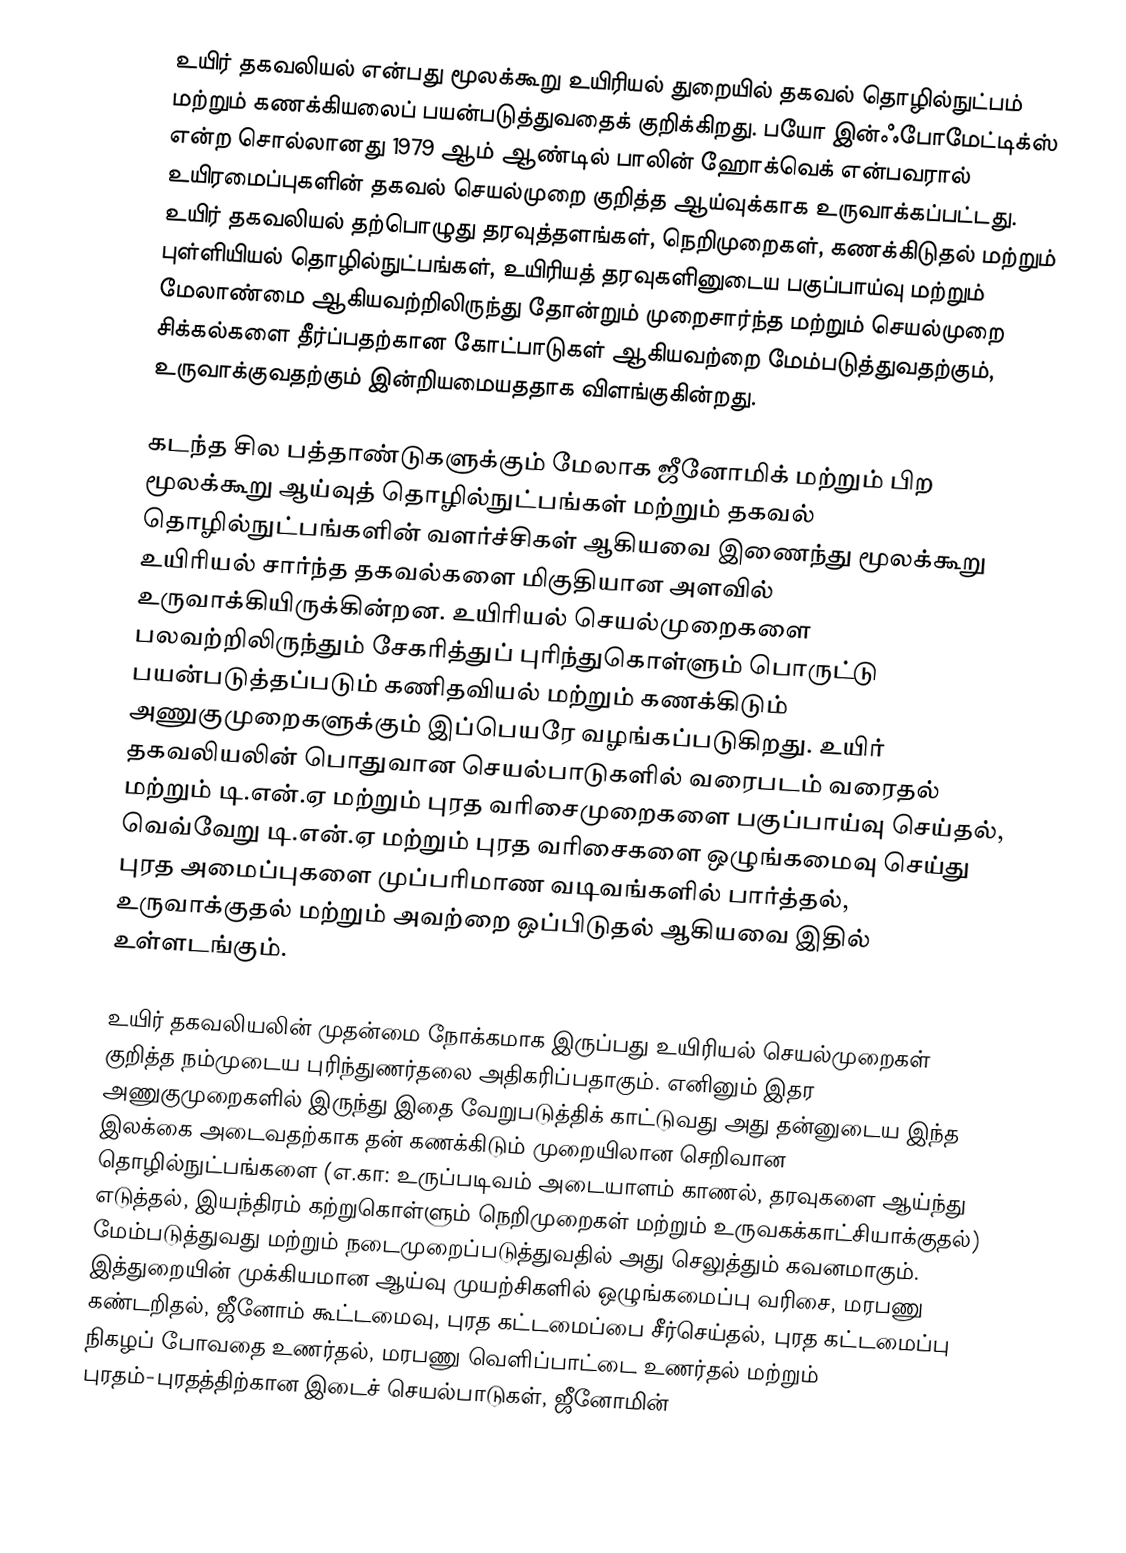
உயிர் தகவலியல் என்பது  மூலக்கூறு உயிரியல் துறையில் தகவல் தொழில்நுட்பம் மற்றும் கணக்கியலைப் பயன்படுத்துவதைக் குறிக்கிறது. பயோ இன்ஃபோமேட்டிக்ஸ் என்ற சொல்லானது 1979 ஆம் ஆண்டில் பாலின் ஹோக்வெக் என்பவரால் உயிரமைப்புகளின் தகவல் செயல்முறை குறித்த ஆய்வுக்காக உருவாக்கப்பட்டது. உயிர் தகவலியல் தற்பொழுது தரவுத்தளங்கள், நெறிமுறைகள், கணக்கிடுதல் மற்றும் புள்ளியியல் தொழில்நுட்பங்கள், உயிரியத் தரவுகளினுடைய பகுப்பாய்வு மற்றும் மேலாண்மை ஆகியவற்றிலிருந்து தோன்றும் முறைசார்ந்த மற்றும் செயல்முறை சிக்கல்களை தீர்ப்பதற்கான கோட்பாடுகள் ஆகியவற்றை மேம்படுத்துவதற்கும், உருவாக்குவதற்கும் இன்றியமையததாக விளங்குகின்றது.

கடந்த சில பத்தாண்டுகளுக்கும் மேலாக ஜீனோமிக் மற்றும் பிற மூலக்கூறு ஆய்வுத் தொழில்நுட்பங்கள் மற்றும் தகவல் தொழில்நுட்பங்களின் வளர்ச்சிகள் ஆகியவை இணைந்து மூலக்கூறு உயிரியல் சார்ந்த தகவல்களை மிகுதியான அளவில் உருவாக்கியிருக்கின்றன. உயிரியல் செயல்முறைகளை பலவற்றிலிருந்தும் சேகரித்துப் புரிந்துகொள்ளும் பொருட்டு பயன்படுத்தப்படும் கணிதவியல் மற்றும் கணக்கிடும் அணுகுமுறைகளுக்கும் இப்பெயரே வழங்கப்படுகிறது.  உயிர் தகவலியலின் பொதுவான செயல்பாடுகளில் வரைபடம் வரைதல் மற்றும் டி.என்.ஏ மற்றும் புரத வரிசைமுறைகளை பகுப்பாய்வு செய்தல், வெவ்வேறு டி.என்.ஏ மற்றும் புரத வரிசைகளை ஒழுங்கமைவு செய்து புரத அமைப்புகளை முப்பரிமாண வடிவங்களில் பார்த்தல், உருவாக்குதல் மற்றும் அவற்றை ஒப்பிடுதல் ஆகியவை இதில் உள்ளடங்கும்.

உயிர் தகவலியலின் முதன்மை நோக்கமாக இருப்பது உயிரியல் செயல்முறைகள் குறித்த நம்முடைய புரிந்துணர்தலை அதிகரிப்பதாகும். எனினும் இதர அணுகுமுறைகளில் இருந்து இதை வேறுபடுத்திக் காட்டுவது அது தன்னுடைய இந்த இலக்கை அடைவதற்காக தன் கணக்கிடும் முறையிலான செறிவான தொழில்நுட்பங்களை (எ.கா: உருப்படிவம் அடையாளம் காணல், தரவுகளை ஆய்ந்து எடுத்தல், இயந்திரம் கற்றுகொள்ளும் நெறிமுறைகள் மற்றும் உருவகக்காட்சியாக்குதல்) மேம்படுத்துவது மற்றும் நடைமுறைப்படுத்துவதில் அது செலுத்தும் கவனமாகும். இத்துறையின் முக்கியமான ஆய்வு முயற்சிகளில் ஒழுங்கமைப்பு வரிசை, மரபணு கண்டறிதல், ஜீனோம் கூட்டமைவு, புரத கட்டமைப்பை சீர்செய்தல், புரத கட்டமைப்பு நிகழப் போவதை உணர்தல், மரபணு வெளிப்பாட்டை உணர்தல் மற்றும் புரதம்-புரதத்திற்கான இடைச் செயல்பாடுகள், ஜீனோமின்